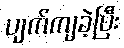
ပျက်ကျခဲ့ပြီး